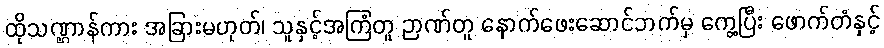
ထိုသဏ္ဌာန်ကား အခြားမဟုတ်၊ သူနှင့်အကြံတူ ဉာဏ်တူ နောက်ဖေးဆောင်ဘက်မှ ကွေ့ပြီး ဖောက်တံနှင့်